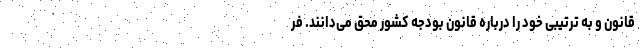
قانون و به ترتیبی خود را درباره قانون بودجه کشور محق می‌دانند. فر